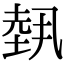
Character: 𡎐